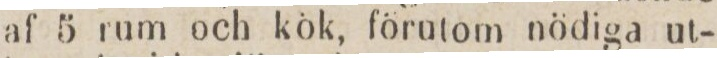
af 5 rum och kök, förutom nödiga ut-